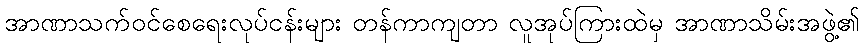
အာဏာသက်ဝင်စေရေးလုပ်ငန်းများ တန်ကာကျတာ လူအုပ်ကြားထဲမှ အာဏာသိမ်းအဖွဲ့၏